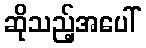
ဆိုသည့်အပေါ်